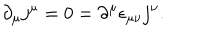
\partial _ { \mu } j ^ { \mu } = 0 = \partial ^ { \mu } \epsilon _ { \mu \nu } j ^ { \nu } .